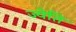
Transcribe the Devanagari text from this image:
ज्येति